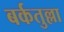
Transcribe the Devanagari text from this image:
बर्कतुल्ला